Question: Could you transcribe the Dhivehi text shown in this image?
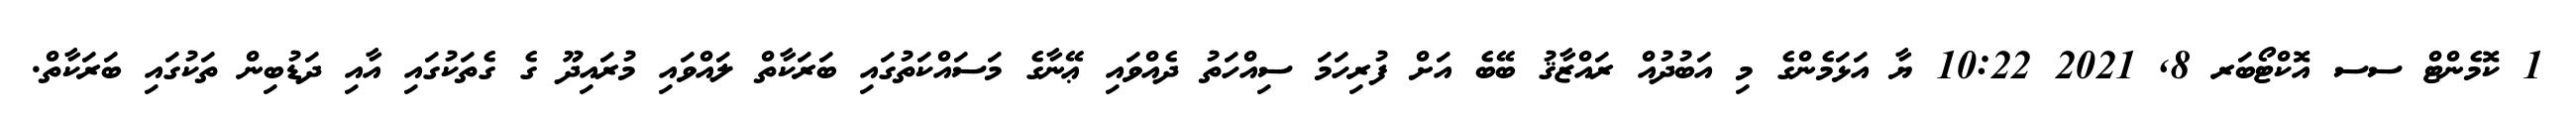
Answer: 1 ކޮމެންޓް ސސ އޮކްޓޯބަރ 8, 2021 10:22 ޔާ އަޅަމެންގެ މި އަބުދުއް ރައްޒާޤު ބޭބެ އަށް ފުރިހަމަ ސިއްހަތު ދެއްވައި ޢޭނާގެ މަސައްކަތުގައި ބަރަކާތް ލައްވައި މުރައިދޫ ގެ ގެތަކުގައި އާއި ދަޑުބިން ތަކުގައި ބަރަކާތް.